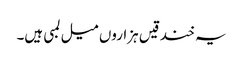
یہ خندقیں ہزاروں میل لمبی ہیں۔